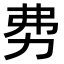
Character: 𠡂